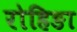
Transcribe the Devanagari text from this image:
रोहिङा